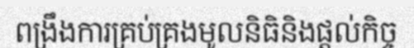
ពង្រឹងការគ្រប់គ្រងមូលនិធិនិងផ្តល់កិច្ច